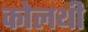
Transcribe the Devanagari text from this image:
कोलथी